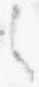
之